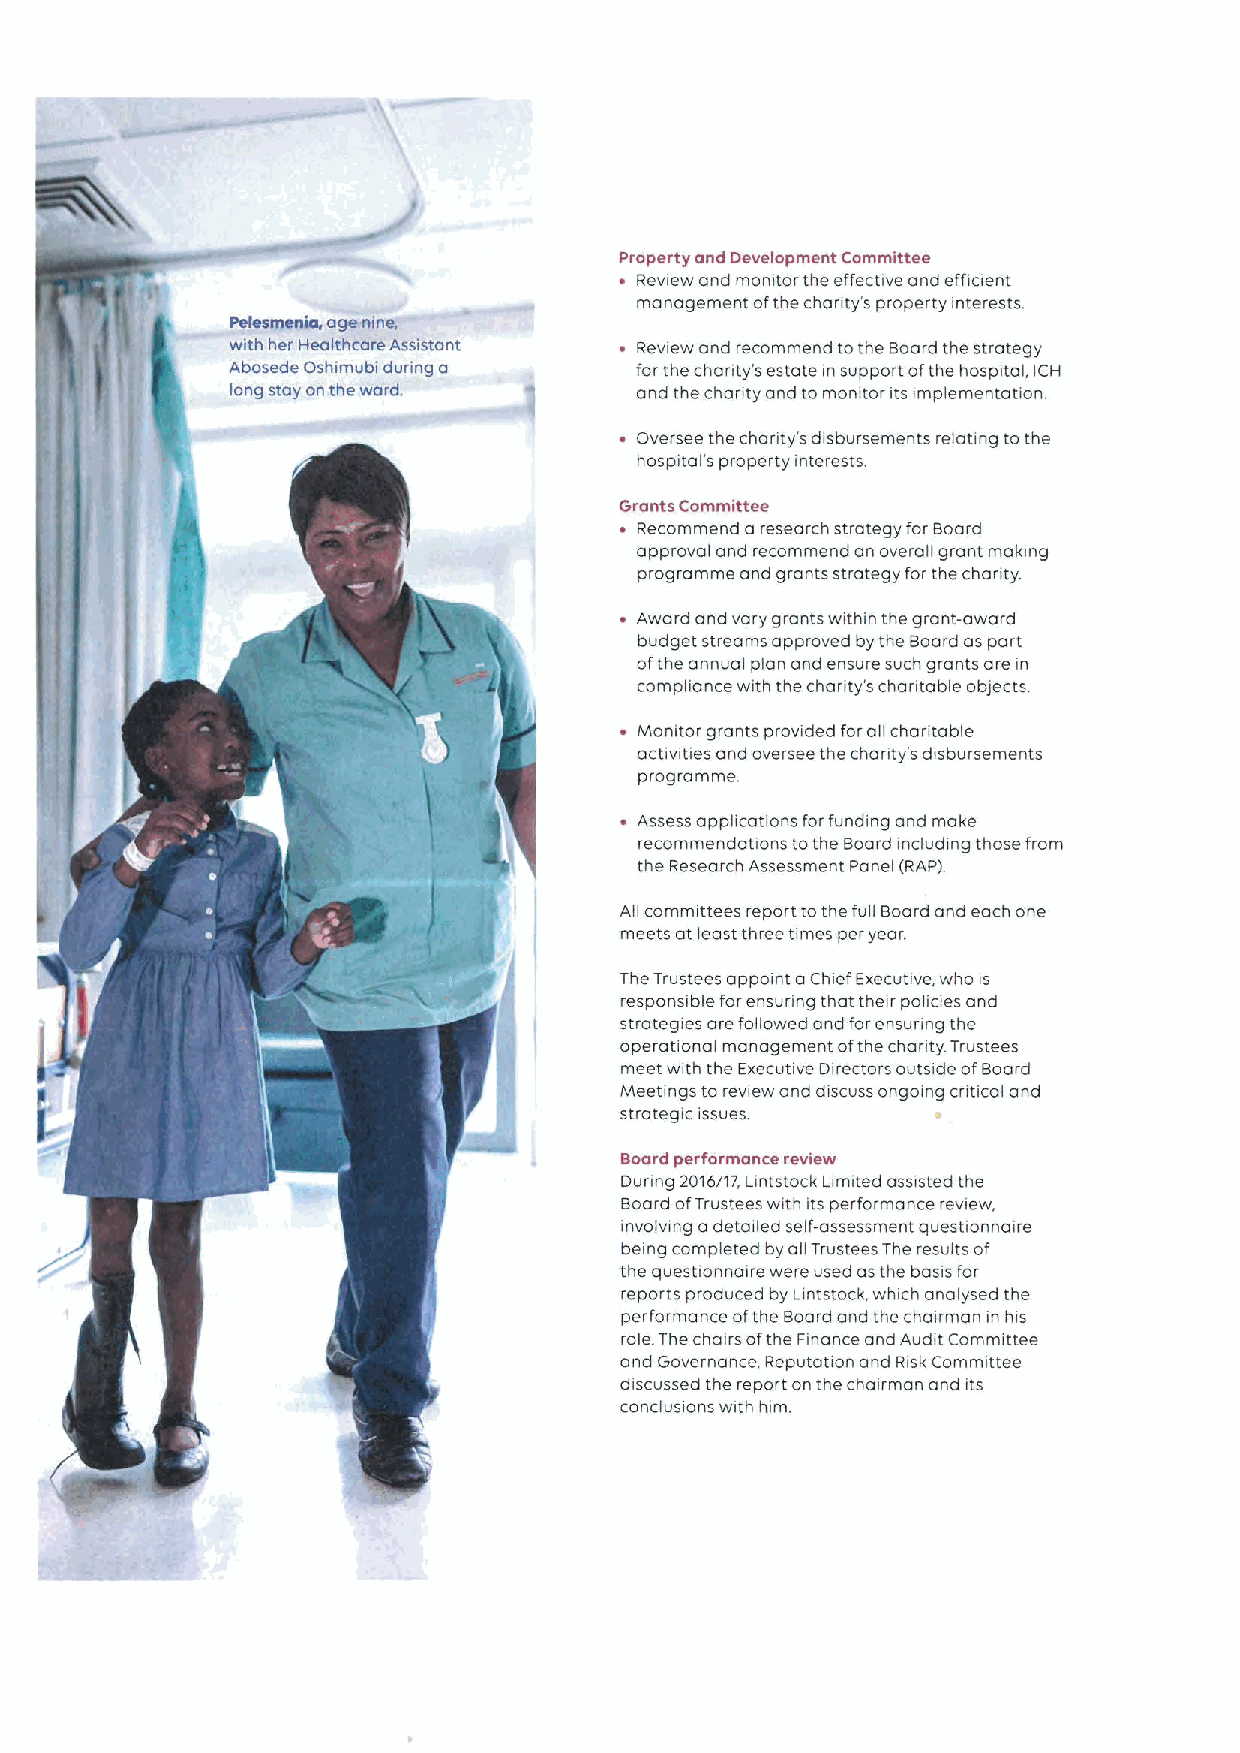
Property and Development Committee
 ~ Review and momtor the effectwe and efficient
 management ofthe charity's property interests.
 PefepaselAa, age nina-
 with her Heaithcere Assistant Review and recommend tothe Board the strategy
 Abosede Oshimubi during a  forthe charity's estate in support ofthe hospital, ICH
 long stay onthe ward.      and the charity and to monitor its implementation.
 Oversee the chanty's disbursements relating to the
 hospital's property interests.
 Grants Committee
 ~ Recommend a research strategy for Board
 approval and recommend an overall grant making
 programme and grants strategy for the chanty.
 Award and vary grants within the grant-award
 budget streams approved by the Board as part
 ofthe annual plan and ensure such grants are in
 compliance with the charity's chantable oblects.
 Monitor grants prowded forall charitable
 activities and oversee the chanty's disbursements
 programme.
 Assess applications forfunding and make
 recommendations tothe Board including those from
 the Research Assessment Panel (RAP).
 Ail committees report tothe full Board and each one
 meets at least three times per year.
 The Trustees appoint a Chief Executive, who is
 responsible forensunng that their policies and
 strategies are followed and forensunng the
 operational management ofthe chanty. Trustees
 meet with the Executive Directors outside ofBoard
 Meetings to review and d~scuss ongoing critical and
 strategic issues.
 Board performance review
 Dunng 2016/17, Lintstock Limited assisted the
 Board ofTrustees with its performance rewew,
 involving adetailed self-ossessment questionnaire
 being completed by all Trustees The results of
 the questionnaire were used as the basis for
 reports produced by Lintstock, which analysed the
 performance ofthe Board and the chairman in his
 role.The chairs ofthe Fmance and Audit Committee
 and Governance, Reputation and Risk Committee
 discussed the report on the chairman and its
 conclusions with him.